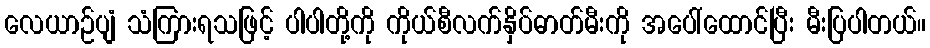
လေယာဉ်ပျံ သံကြားရသဖြင့် ပါပါတို့ကို ကိုယ်စီလက်နှိပ်ဓာတ်မီးကို အပေါ်ထောင်ပြီး မီးပြပါတယ်။